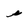
Character: s